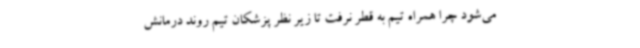
می‌شود چرا همراه تیم به قطر نرفت تا زیر نظر پزشکان تیم روند درمانش